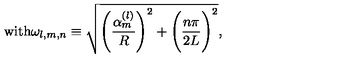
\mathrm { w i t h } \omega _ { l , m , n } \equiv \sqrt { \Biggl ( \frac { \alpha _ { m } ^ { ( l ) } } R \Biggr ) ^ { 2 } + \Biggl ( \frac { n \pi } { 2 L } \Biggr ) ^ { 2 } } ,